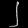
Digit: ၂